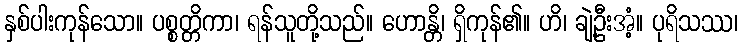
နှစ်ပါးကုန်သော။ ပစ္စတ္တိကာ၊ ရန်သူတို့သည်။ ဟောန္တိ၊ ရှိကုန်၏။ ဟိ၊ ချဲ့ဦးအံ့။ ပုရိသဿ၊